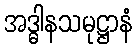
အဒ္ဓါနသမုဋ္ဌာနံ